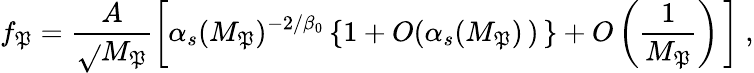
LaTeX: f_{\mathfrak{P}}=\frac{{A}}{{\sqrt{}{{M_{\mathfrak{P}}}}}}\left[\alpha_{s}(M_{\mathfrak{P}})^{-2/\beta_{0}}\left\{ 1+O(\alpha_{s}(M_{\mathfrak{P}})\, )\, \right\} +O\left(\frac{{1}}{{M_{\mathfrak{P}}}}\right)\, \right]\ ,